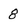
Character: 8